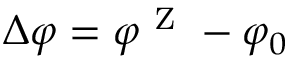
\Delta \varphi = \varphi ^ { \mathrm { ~ Z ~ } } - \varphi _ { 0 }